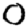
Digit: 0